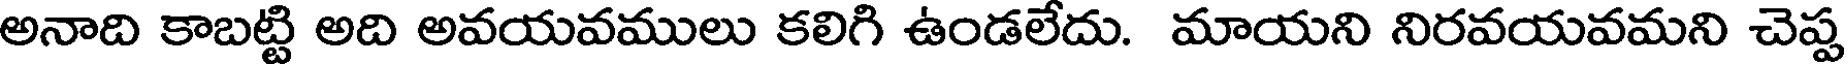
అనాది కాబట్టి అది అవయవములు కలిగి ఉండలేదు. మాయని నిరవయవమని చెప్ప